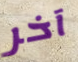
آخر